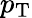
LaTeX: p_{\mathrm{T}}